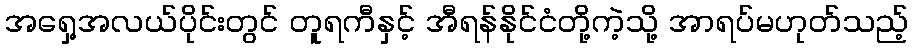
အရှေ့အလယ်ပိုင်းတွင် တူရကီနှင့် အီရန်နိုင်ငံတို့ကဲ့သို့ အာရပ်မဟုတ်သည့်